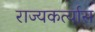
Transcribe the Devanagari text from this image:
राज्यकर्त्यास